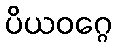
ပိယဝဂ္ဂေ